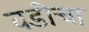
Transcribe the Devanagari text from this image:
वडीचा